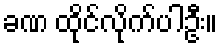
ခဏ ထိုင်လိုက်ပါဦး။